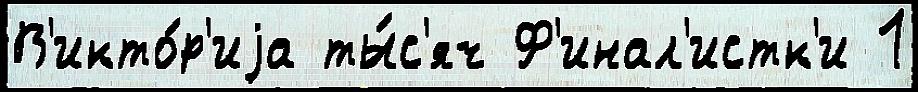
В'икто́р'иjа ты́с'яч Ф'инал'истк'и 1